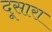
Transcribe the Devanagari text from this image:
दूसारा